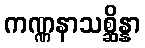
ကဏ္ဏနာသစ္ဆိန္နာ